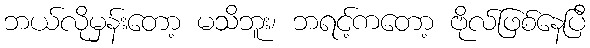
ဘယ်လိုမှန်းတော့ မသိဘူး၊ ဘရင့်ကတော့ ဗိုလ်ဖြစ်နေပြီ